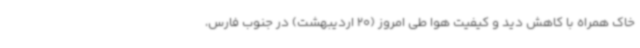
خاک همراه با کاهش دید و کیفیت هوا طی امروز (20 اردیبهشت) در جنوب فارس،